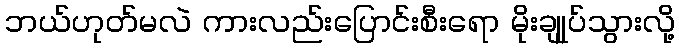
ဘယ်ဟုတ်မလဲ ကားလည်းပြောင်းစီးရော မိုးချုုပ်သွားလို့